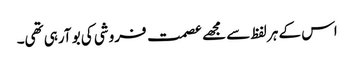
اس کے ہر لفظ سے مجھے عصمت فروشی کی بو آرہی تھی۔